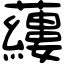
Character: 𧃒